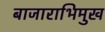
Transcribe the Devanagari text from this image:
बाजाराभिमुख